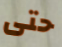
حتى